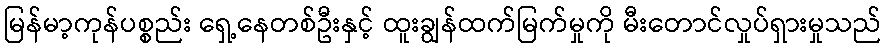
မြန်မာ့ကုန်ပစ္စည်း ရှေ့နေတစ်ဦးနှင့် ထူးချွန်ထက်မြက်မှုကို မီးတောင်လှုပ်ရှားမှုသည်